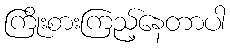
ကြိုးစားကြည့်နေတာပါ